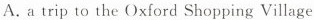
A. a trip to the Oxford Shopping Village